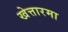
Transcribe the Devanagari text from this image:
खेत्तारमा